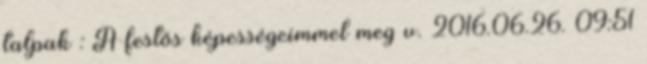
talpak : A festős képességeimmel meg v. 2016.06.26. 09:51